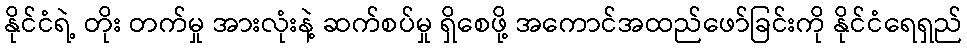
နိုင်ငံရဲ့ တိုး တက်မှု အားလုံးနဲ့ ဆက်စပ်မှု ရှိစေဖို့ အကောင်အထည်ဖော်ခြင်းကို နိုင်ငံရေရှည်